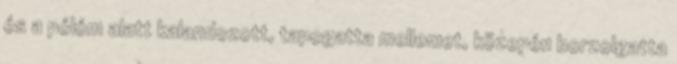
és a pólóm alatt kalandozott, tapogatta mellemet, közepén borzolgatta